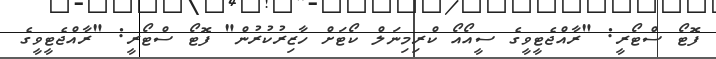
ފޮޓޯ ސްޓޯރީ: "ރާއްޖެޓީވީގެ ސީއޯއޯ ކްރިމިނަލް ކޯޓަށް ހާޒިރުކުރުން" ފޮޓޯ ސްޓޯރީ: "ރާއްޖެޓީވީގެ